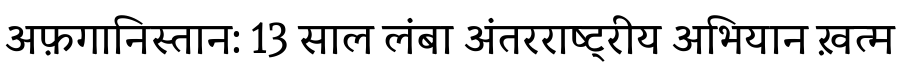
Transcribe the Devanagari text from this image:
अफ़गानिस्तान: 13 साल लंबा अंतरराष्ट्रीय अभियान ख़त्म